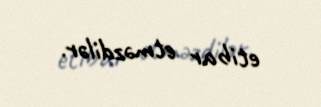
etibar etməzdilər.